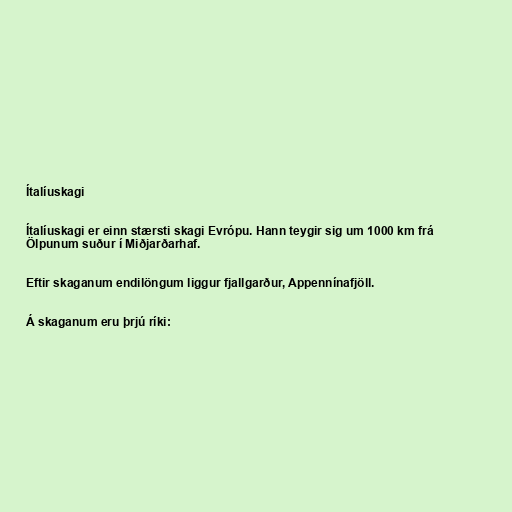
Ítalíuskagi

Ítalíuskagi er einn stærsti skagi Evrópu. Hann teygir sig um 1000 km frá
Ölpunum suður í Miðjarðarhaf.

Eftir skaganum endilöngum liggur fjallgarður, Appennínafjöll.

Á skaganum eru þrjú ríki: